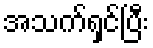
အသက်ရှင်ပြီး